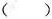
( )